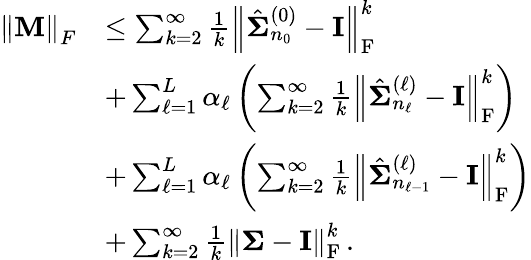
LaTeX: \begin{array}{rl}{\left\lVert{\mathbf{M}}\right\rVert_{F}}&{\le\sum_{k=2}^{\infty}\frac{1}{k}\left\lVert\hat{{\boldsymbol{\Sigma}}}_{n_{0}}^{(0)}-{\mathbf{I}}\right\rVert_{\mathrm{F}}^{k}}\\ &{+\sum_{\ell=1}^{L}\alpha_{\ell}\left(\sum_{k=2}^{\infty}\frac{1}{k}\left\lVert\hat{{\boldsymbol{\Sigma}}}_{n_{\ell}}^{(\ell)}-{\mathbf{I}}\right\rVert_{\mathrm{F}}^{k}\right)}\\ &{+\sum_{\ell=1}^{L}\alpha_{\ell}\left(\sum_{k=2}^{\infty}\frac{1}{k}\left\lVert\hat{{\boldsymbol{\Sigma}}}_{n_{\ell-1}}^{(\ell)}-{\mathbf{I}}\right\rVert_{\mathrm{F}}^{k}\right)}\\ &{+\sum_{k=2}^{\infty}\frac{1}{k}\left\lVert{\boldsymbol{\Sigma}}-{\mathbf{I}}\right\rVert_{\mathrm{F}}^{k}\, .}\end{array}